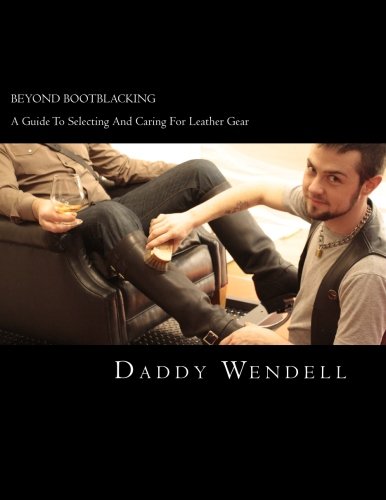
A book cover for Beyond Bootblacking: A Guide To Selecting And Caring For Leather Gear; Daddy Wendell; Crafts, Hobbies & Home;